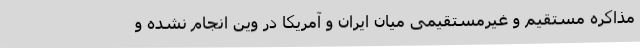
مذاکره مستقیم و غیرمستقیمی میان ایران و آمریکا در وین انجام نشده و